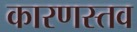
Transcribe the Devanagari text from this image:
कारणस्तव